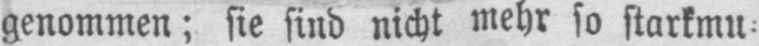
genommen; sie sind nicht mehr so starkmu⸗